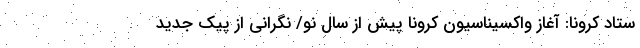
ستاد کرونا: آغاز واکسیناسیون کرونا پیش از سال نو/ نگرانی از پیک جدید